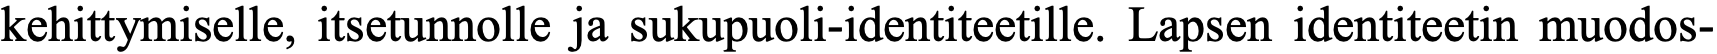
kehittymiselle, itsetunnolle ja sukupuoli-identiteetille. Lapsen identiteetin muodos-